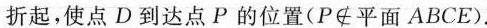
折起，使点D到达点P的位置(P\notin 平面ABCE).